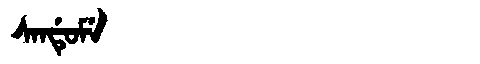
Manchu: ᠰᠠᠨᡩᡠᠮᡝ
Romanization: SANDUME